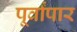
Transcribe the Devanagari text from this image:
पूर्वांपार